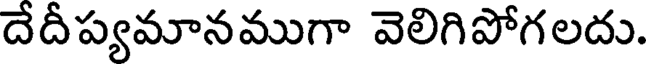
దేదీప్యమానముగా వెలిగిపోగలదు.